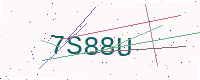
Text: 7S88U